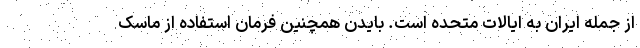
از جمله ایران به ایالات متحده است. بایدن همچنین فرمان استفاده از ماسک